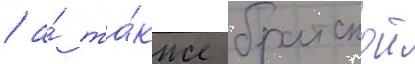
/ а́ та́кже братскои